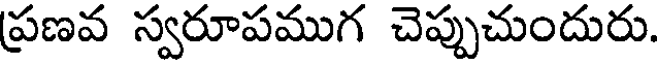
ప్రణవ స్వరూపముగ చెప్పుచుందురు.